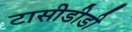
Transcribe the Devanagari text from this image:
टासीडीडी